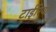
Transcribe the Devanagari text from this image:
टाईरियो